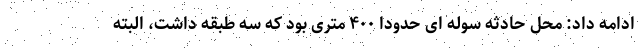
ادامه داد: محل حادثه سوله ای حدودا ۴٠٠ متری بود که سه طبقه داشت، البته